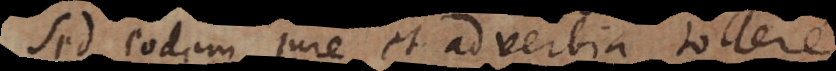
Sed eodem jure et adverbia tollere